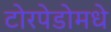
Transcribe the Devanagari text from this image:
टोरपेडोमधे